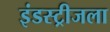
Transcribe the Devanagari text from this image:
इंडस्ट्रीजला